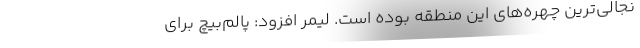
نجالی‌ترین چهره‌های این منطقه بوده است. لیمر افزود: پالم‌بیچ برای